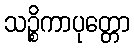
သဉ္စိကာပုတ္တော